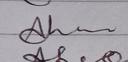
Signature authenticity: genuine